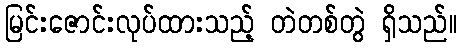
မြင်းဇောင်းလုပ်ထားသည့် တဲတစ်တွဲ ရှိသည်။